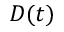
D ( t )